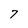
Character: 7